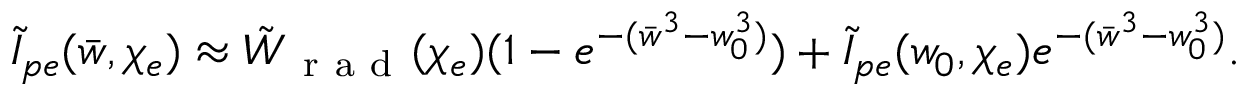
\tilde { I } _ { p e } ( \bar { w } , \chi _ { e } ) \approx \tilde { W } _ { \mathrm { ~ r ~ a ~ d ~ } } ( \chi _ { e } ) ( 1 - e ^ { - ( \bar { w } ^ { 3 } - w _ { 0 } ^ { 3 } ) } ) + \tilde { I } _ { p e } ( w _ { 0 } , \chi _ { e } ) e ^ { - ( \bar { w } ^ { 3 } - w _ { 0 } ^ { 3 } ) } .